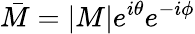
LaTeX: {\bar{M}}=|M|e^{i\theta}e^{-i\phi}